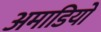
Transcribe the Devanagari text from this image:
अमाडियो